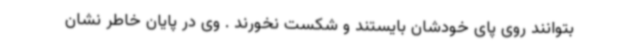
بتوانند روی پای خودشان بایستند و شکست نخورند . وی در پایان خاطر نشان